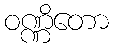
ဝဏ္ဏိတော